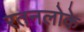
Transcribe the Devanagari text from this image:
रतनलोके